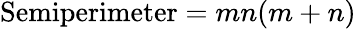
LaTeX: {\mathrm{Semiperimeter}}=mn(m+n)